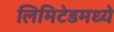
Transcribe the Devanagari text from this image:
लिमिटेडमध्ये